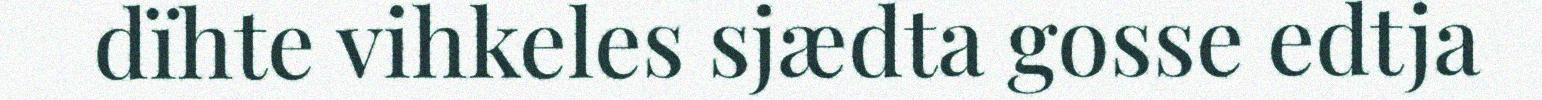
dïhte vihkeles sjædta gosse edtja